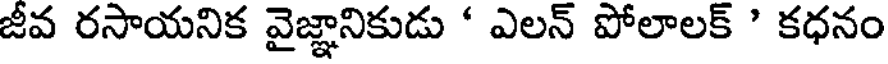
జీవ రసాయనిక వైజ్ఞానికుడు ' ఎలన్ పోలాలక్ ' కధనం